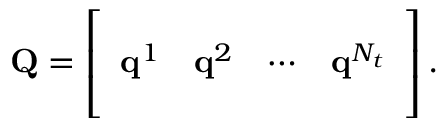
{ \mathbf { Q } } = \left[ \begin{array} { c c c c } { \vrule } & { \vrule } & { } & { \vrule } \\ { { { \mathbf { q } } } ^ { 1 } } & { { { \mathbf { q } } } ^ { 2 } } & { \cdots } & { { \mathbf { q } } ^ { N _ { t } } } \\ { \vrule } & { \vrule } & { } & { \vrule } \end{array} \right] .